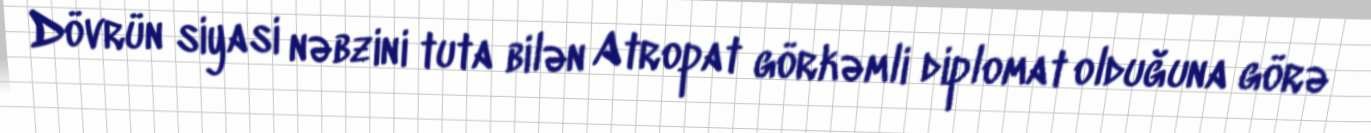
Dövrün siyasi nəbzini tuta bilən Atropat görkəmli diplomat olduğuna görə